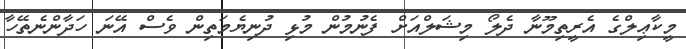
މީކާޢިލްގެ އެރީތިމޫނާ ދެލޯ މިޝަލްއަށް ފެނުމުން މުޅި ދުނިޔެމަތިން ވެސް އޭނަ ހަދާންނެތޭހާ